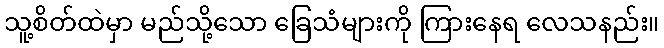
သူ့စိတ်ထဲမှာ မည်သို့သော ခြေသံများကို ကြားနေရ လေသနည်း။